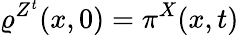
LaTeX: \varrho^{Z^{t}}(x,0)=\pi^{X}(x,t)